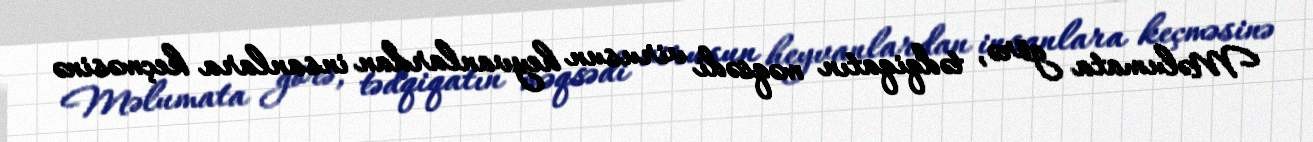
Məlumata görə, tədqiqatın məqsədi virusun heyvanlardan insanlara keçməsinə